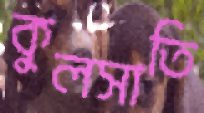
কুলসাতি